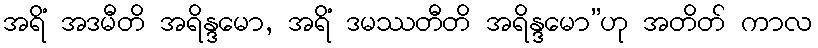
အရိံ အဒမီတိ အရိန္ဒမော, အရိံ ဒမဿတီတိ အရိန္ဒမော”ဟု အတိတ် ကာလ